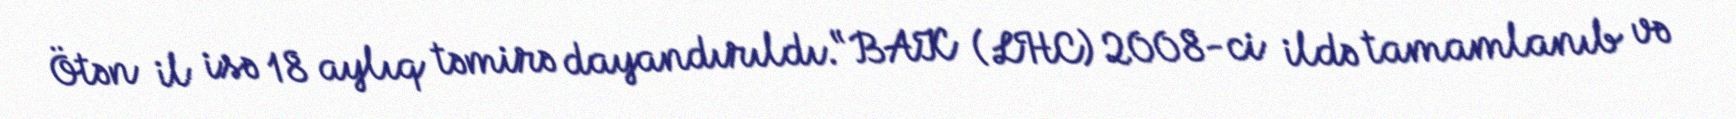
Ötən il isə 18 aylıq təmirə dayandırıldı.“BAK (LHC) 2008-ci ildə tamamlanıb və